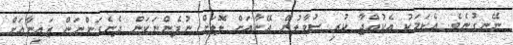
ނޭނގުނެވެ. އެކަމަކު އެކުއްޖާ ކުރި ސުވާލުން އޭނާއަށް ލޮލަށް ނުފެންނަކަން ދެނެގަންނަން ޒައިނާއަށް